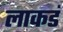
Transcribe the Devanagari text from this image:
लाकडं